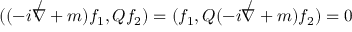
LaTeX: ( ( - i { \not \nabla } + m ) f _ { 1 } , Q f _ { 2 } ) = ( f _ { 1 } , Q ( - i { \not \nabla } + m ) f _ { 2 } ) = 0